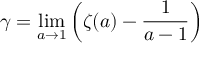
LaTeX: \gamma = \operatorname* { l i m } _ { a \to 1 } \left( \zeta ( a ) - { \frac { 1 } { a - 1 } } \right)